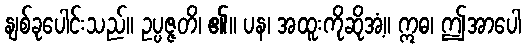
နျစ်ခုပေါင်းသည်။ ဥပ္ပဇ္ဇတိ၊ ၏။ ပန၊ အထူးကိုဆိုအံ့။ ဣဓ၊ ဤအာပေါ